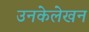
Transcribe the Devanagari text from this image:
उनकेलेखन